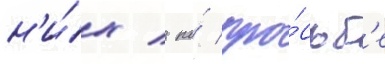
н'и́х / по́ про́сьб'е